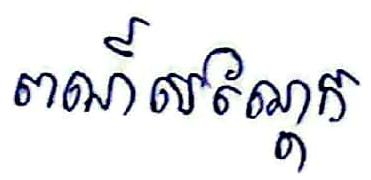
ពណ៍សណ្ដែក